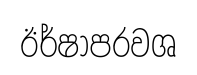
ඊර්ෂාපරවශ